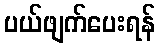
ပယ်ဖျက်ပေးရန်